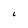
Character: 6